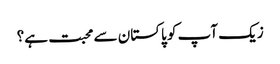
زیک آپ کو پاکستان سے محبت ہے؟